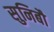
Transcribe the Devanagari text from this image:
सुनिबौ